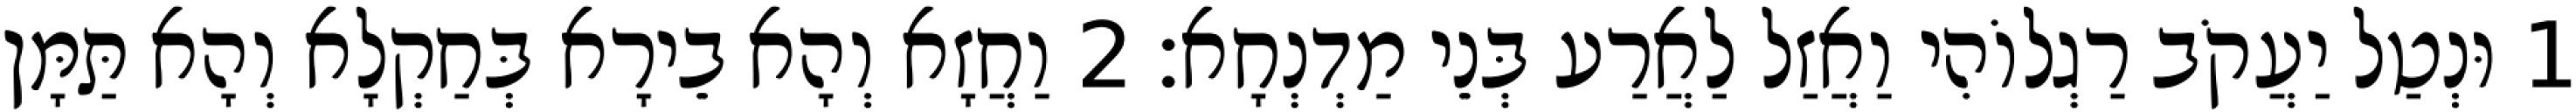
1 וּנְטַל יַעֲקֹב רַגְלוֹהִי וַאֲזַל לַאֲרַע בְּנֵי מַדְנְחָא׃ 2 וַחֲזָא וְהָא בֵירָא בְּחַקְלָא וְהָא תַּמָּן